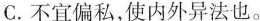
C.不宜偏私，使内外异法也。